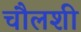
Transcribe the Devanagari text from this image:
चौलशी